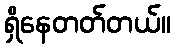
ရှိနေတတ်တယ်။